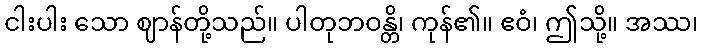
ငါးပါး သော ဈာန်တို့သည်။ ပါတုဘဝန္တိ၊ ကုန်၏။ ဧဝံ၊ ဤသို့။ အဿ၊